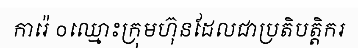
ការ៉េ ០ឈ្មោះក្រុមហ៊ុនដែលជាប្រតិបត្តិករ